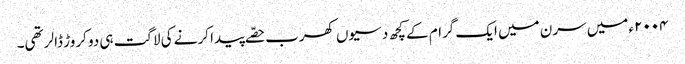
٢٠٠٤ء میں سرن میں ایک گرام کے کچھ دسیوں کھرب حصّے پیدا کرنے کی لاگت ہی دو کروڑ ڈالر تھی۔